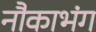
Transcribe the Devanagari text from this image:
नौकाभंग